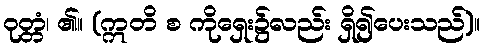
ဝုတ္တံ၊ ၏။ (ဣတိ စ ကိုရှေး၌လည်း ရှိ၍ပေးသည်)။